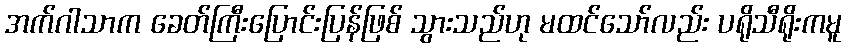
အက်ဂါသာက ခေတ်ကြီးပြောင်းပြန်ဖြစ် သွားသည်ဟု မထင်သော်လည်း ပရိုသီရိုးကမူ